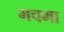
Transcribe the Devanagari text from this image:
मचमा